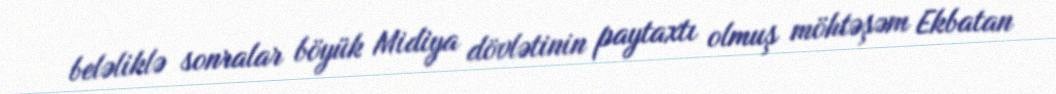
beləliklə sonralar böyük Midiya dövlətinin paytaxtı olmuş möhtəşəm Ekbatan